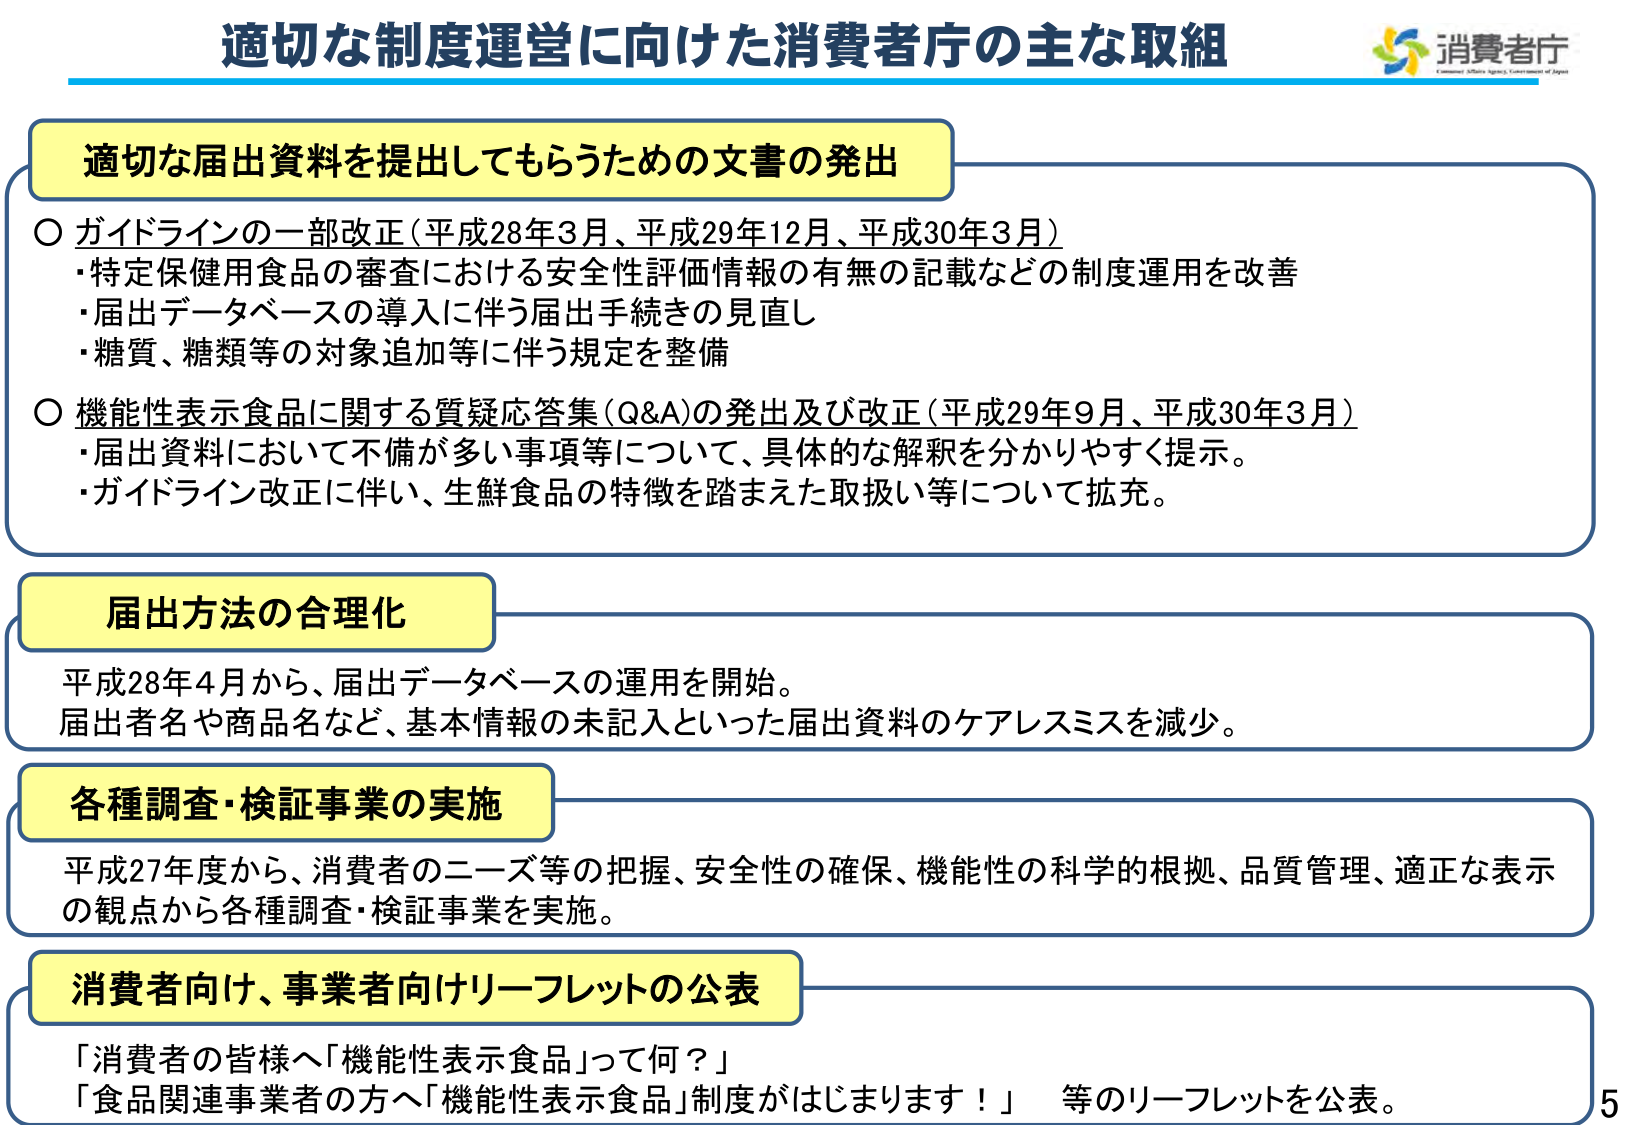
適切な制度運営に向けた消費者庁の主な取組
消費者庁
Consumer Affairs Agency, Government of Japan

適切な届出資料を提出してもらうための文書の発出
○ ガイドラインの一部改正（平成28年3月、平成29年12月、平成30年3月）
・特定保健用食品の審査における安全性評価情報の有無の記載などの制度運用を改善
・届出データベースの導入に伴う届出手続きの見直し
・糖質、糖類等の対象追加等に伴う規定を整備
○ 機能性表示食品に関する質疑応答集（Q&A）の発出及び改正（平成29年9月、平成30年3月）
・届出資料において不備が多い事項等について、具体的な解釈を分かりやすく提示。
・ガイドライン改正に伴い、生鮮食品の特徴を踏まえた取扱い等について拡充。

届出方法の合理化
平成28年4月から、届出データベースの運用を開始。
届出者名や商品名など、基本情報の未記入といった届出資料のケアレスミスを減少。

各種調査・検証事業の実施
平成27年度から、消費者のニーズ等の把握、安全性の確保、機能性の科学的根拠、品質管理、適正な表示の観点から各種調査・検証事業を実施。

消費者向け、事業者向けリーフレットの公表
「消費者の皆様へ『機能性表示食品』って何？」
「食品関連事業者の方へ『機能性表示食品』制度がはじまります！」 等のリーフレットを公表。

5